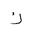
Letter: _kaf